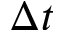
\Delta t